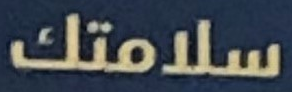
سلامتك